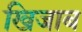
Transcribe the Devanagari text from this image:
खिजाब